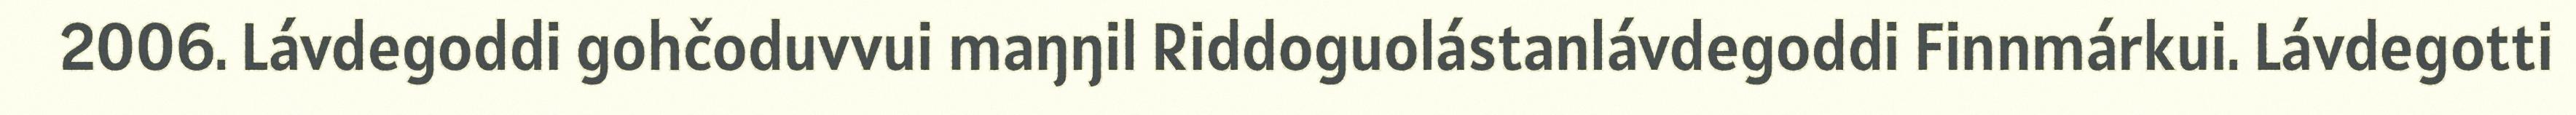
2006. Lávdegoddi gohčoduvvui maŋŋil Riddoguolástanlávdegoddi Finnmárkui. Lávdegotti